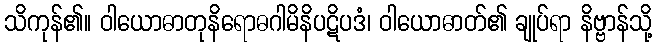
သိကုန်၏။ ဝါယောဓာတုနိရောဓဂါမိနိပဋိပဒံ၊ ဝါယောဓာတ်၏ ချုပ်ရာ နိဗ္ဗာန်သို့